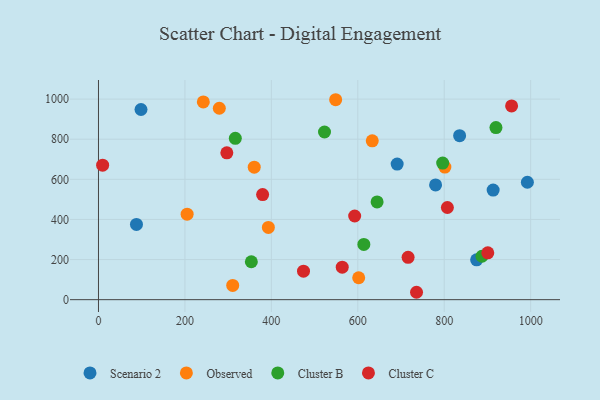
{"axis": {"x": "Engine Size", "y": "Profit"}, "legend": ["Cluster B", "Cluster C", "Observed", "Scenario 2"], "data": [{"x": "87.9", "y": 375.3, "type": "Scenario 2"}, {"x": "875.0", "y": 198.6, "type": "Scenario 2"}, {"x": "691.1", "y": 675.8, "type": "Scenario 2"}, {"x": "913.2", "y": 546.2, "type": "Scenario 2"}, {"x": "98.4", "y": 948.0, "type": "Scenario 2"}, {"x": "835.6", "y": 817.7, "type": "Scenario 2"}, {"x": "780.0", "y": 571.9, "type": "Scenario 2"}, {"x": "992.4", "y": 585.3, "type": "Scenario 2"}, {"x": "242.6", "y": 986.0, "type": "Observed"}, {"x": "393.1", "y": 360.2, "type": "Observed"}, {"x": "279.6", "y": 954.2, "type": "Observed"}, {"x": "205.1", "y": 426.1, "type": "Observed"}, {"x": "801.5", "y": 661.1, "type": "Observed"}, {"x": "360.4", "y": 660.3, "type": "Observed"}, {"x": "602.1", "y": 109.2, "type": "Observed"}, {"x": "633.5", "y": 791.9, "type": "Observed"}, {"x": "548.8", "y": 996.8, "type": "Observed"}, {"x": "310.6", "y": 70.9, "type": "Observed"}, {"x": "316.6", "y": 804.3, "type": "Cluster B"}, {"x": "644.7", "y": 487.1, "type": "Cluster B"}, {"x": "887.3", "y": 216.4, "type": "Cluster B"}, {"x": "614.0", "y": 275.3, "type": "Cluster B"}, {"x": "796.4", "y": 680.9, "type": "Cluster B"}, {"x": "919.7", "y": 858.0, "type": "Cluster B"}, {"x": "523.0", "y": 835.8, "type": "Cluster B"}, {"x": "353.7", "y": 189.0, "type": "Cluster B"}, {"x": "735.9", "y": 36.8, "type": "Cluster C"}, {"x": "900.8", "y": 233.6, "type": "Cluster C"}, {"x": "955.9", "y": 965.9, "type": "Cluster C"}, {"x": "564.0", "y": 162.1, "type": "Cluster C"}, {"x": "807.3", "y": 459.5, "type": "Cluster C"}, {"x": "592.8", "y": 417.2, "type": "Cluster C"}, {"x": "474.4", "y": 142.1, "type": "Cluster C"}, {"x": "716.4", "y": 210.9, "type": "Cluster C"}, {"x": "379.8", "y": 523.9, "type": "Cluster C"}, {"x": "9.6", "y": 670.4, "type": "Cluster C"}, {"x": "297.0", "y": 732.1, "type": "Cluster C"}]}